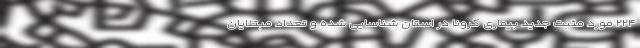
۲۲۴ مورد مثبت جدید بیماری کرونا در استان شناسایی شده و تعداد مبتلایان